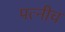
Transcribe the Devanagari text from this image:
पत्नीच